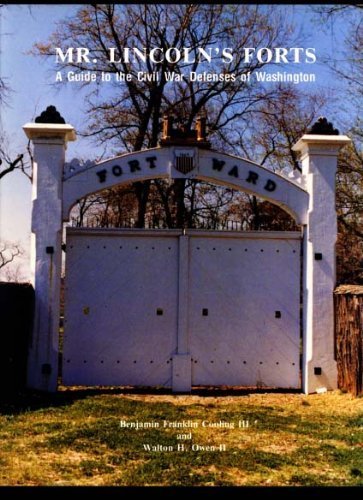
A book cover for Mr. Lincoln's forts: A guide to the Civil War defenses of Washington; B. Franklin Cooling; Travel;